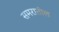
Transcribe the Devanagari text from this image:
समरातील